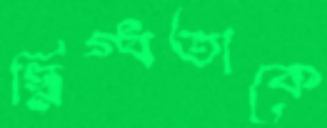
স্নিগ্ধতাকে